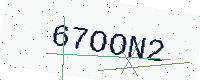
Text: 67OON2